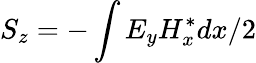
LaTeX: S_{z}=-\int E_{y}H_{x}^{*}dx/2